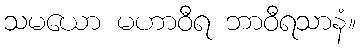
သမယော မဟာဝီရ ဘာဝီရသာနံ။